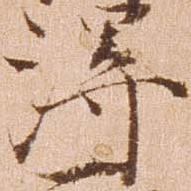
得